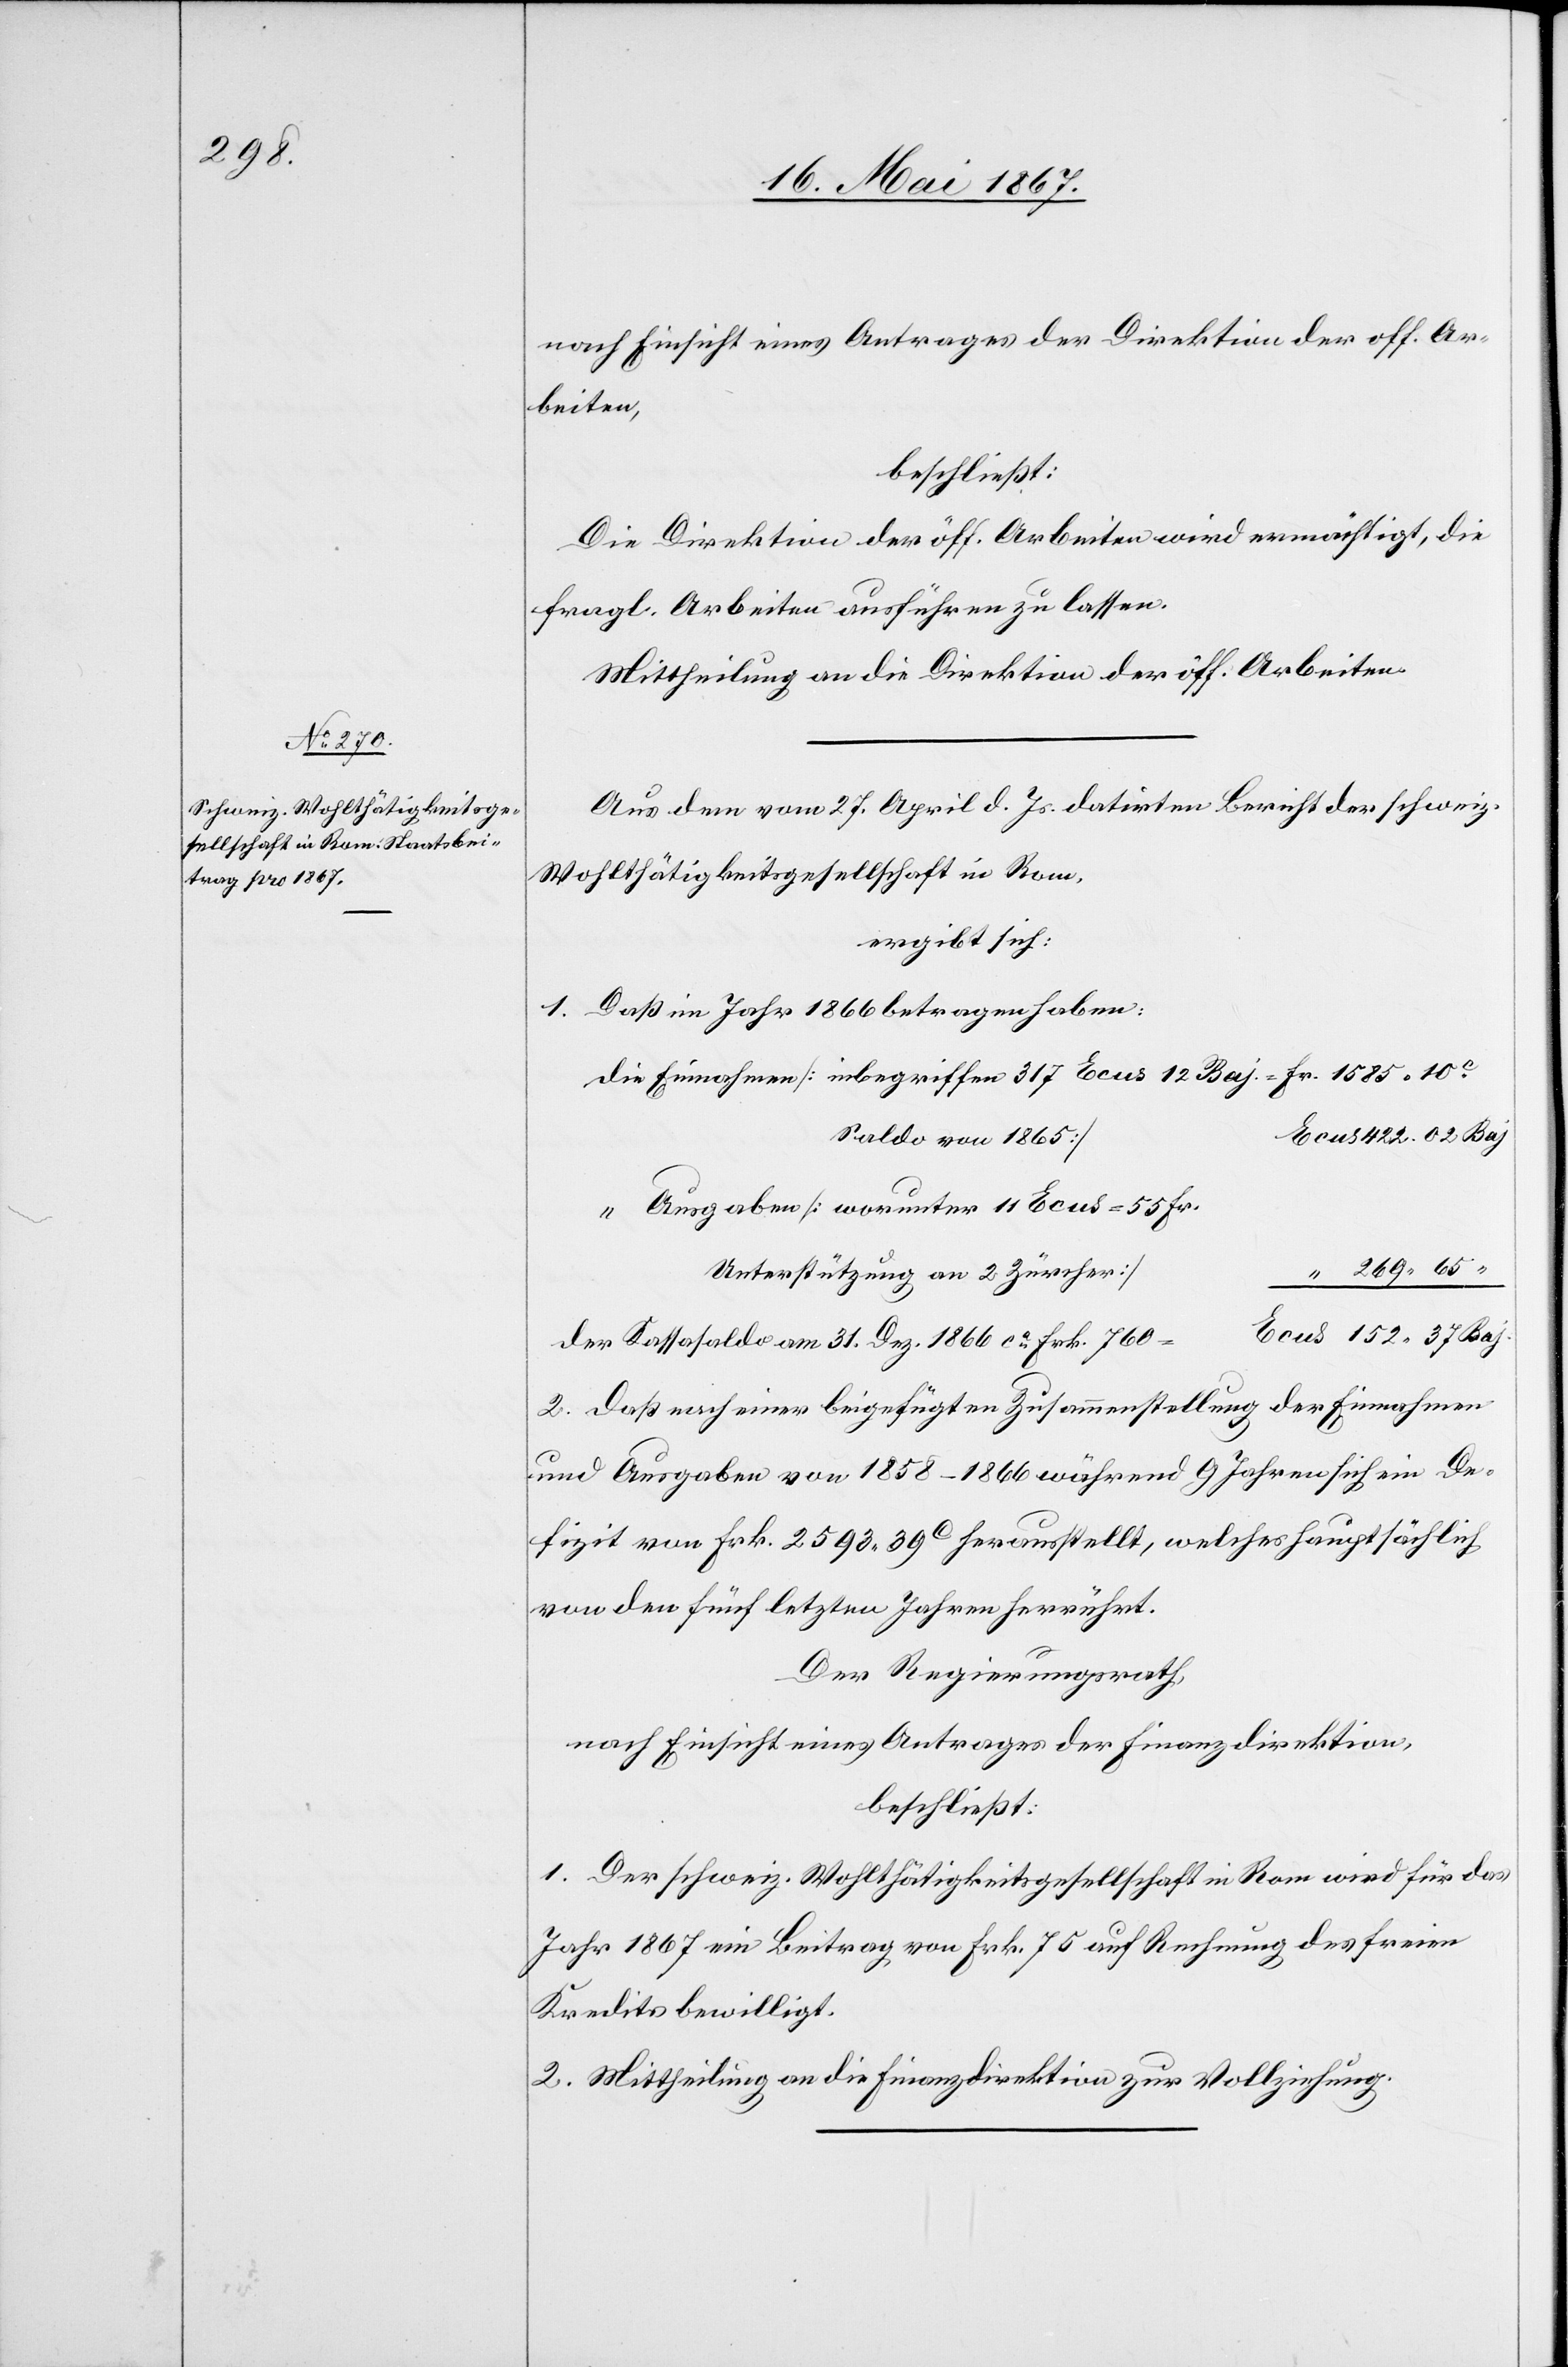
nach Einsicht eines Antrages der Direktion der öff. Ar¬
beiten,
beschließt:
Die Direktion der öff. Arbeiten wird ermächtigt, die
fragl. Arbeiten ausführen zu lassen.
Mittheilung an die Direktion der öff. Arbeiten.
Aus dem vom 27. April d. Js. datirten Bericht der schweiz.
Wohlthätigkeitsgesellschaft in Rom,
ergibt sich:
1. Daß im Jahr 1866 betragen haben:
die 	Einnahmen [inbegriffen 317 Ecus 12 Baj = Fr. 1585. 10.c
422. 02 Baj
“ 269. 65
Unterstützung an 2 Zürcher]
der Kassasaldo am 31. Dez. 1866 ca. Frk. 760
2. Daß nach einer beigefügten Zusammenstellung der Einnahmen
und Ausgaben von 1858–1866 während 9 Jahren sich ein De¬
fizit von Frk. 2593. 39c herausgestellt, welches hauptsächlich
von den fünf letzten Jahren herrührt.
Der Regierungsrath,
nach Einsicht eines Antrages der Finanzdirektion,
beschließt:
1. Der schweiz. Wohlthätigkeitsgesellschaft in Rom wird für das
Jahr 1867 ein Beitrag von Frk. 75 auf Rechnung des freien
Kredits bewilligt.
2. Mittheilung an die Finanzdirektion zur Vollziehung.